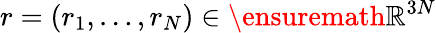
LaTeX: r=(r_{1},\dots,r_{N})\in\ensuremath{\mathbb{R}}^{3N}